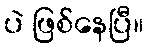
ပဲ ဖြစ်နေပြီ။